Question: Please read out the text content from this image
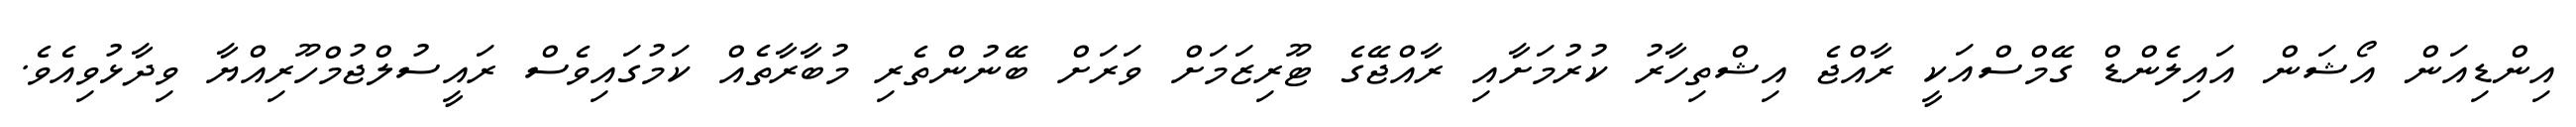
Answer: އިންޑިއަން އޯޝަން އައިލެންޑް ގޭމްސްއަކީ ރާއްޖެ އިޝްތިހާރު ކުރުމަށާއި ރާއްޖޭގެ ޓޫރިޒަމަށް ވަރަށް ބޭނުންތެރި މުބާރާތެއް ކަމުގައިވެސް ރައީސުލްޖުމްހޫރިއްޔާ ވިދާޅުވިއެވެ.